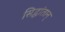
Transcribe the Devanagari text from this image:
सिद्धांतान्